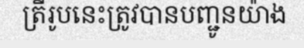
ត្រីរូបនេះត្រូវបានបញ្ជូនយ៉ាង